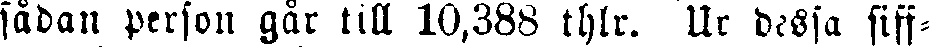
sådan person går till 10,388 thlr. Ur dessa siff-